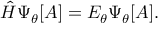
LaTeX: { \hat { H } } \Psi _ { \theta } [ A ] = E _ { \theta } \Psi _ { \theta } [ A ] .